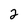
Character: 2